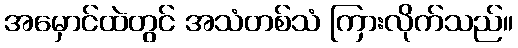
အမှောင်ထဲတွင် အသံတစ်သံ ကြားလိုက်သည်။